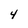
Character: 4